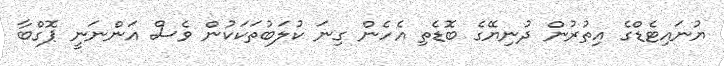
ޔުނައިޓެޑްގެ އިތުރުން ދުނިޔޭގެ ބޮޑެތި އެހެން ގިނަ ކުލަބުތަކަކުން ވެސް އަންނަނީ ޕޮގްބާ